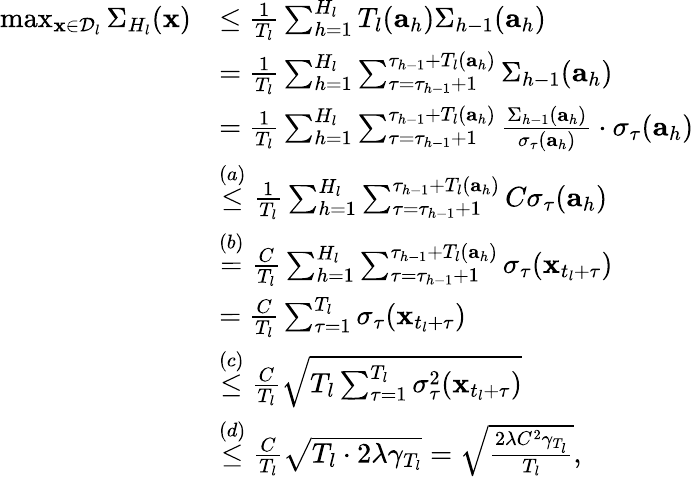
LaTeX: \begin{array}{rl}{\operatorname*{max}_{\mathbf{x}\in\mathcal{D}_{l}}\Sigma_{H_{l}}(\mathbf{x})}&{\leq\frac{1}{T_{l}}\sum_{h=1}^{H_{l}}T_{l}(\mathbf{a}_{h})\Sigma_{h-1}(\mathbf{a}_{h})}\\ &{=\frac{1}{T_{l}}\sum_{h=1}^{H_{l}}\sum_{\tau=\tau_{h-1}+1}^{\tau_{h-1}+T_{l}(\mathbf{a}_{h})}\Sigma_{h-1}(\mathbf{a}_{h})}\\ &{=\frac{1}{T_{l}}\sum_{h=1}^{H_{l}}\sum_{\tau=\tau_{h-1}+1}^{\tau_{h-1}+T_{l}(\mathbf{a}_{h})}\frac{\Sigma_{h-1}(\mathbf{a}_{h})}{\sigma_{\tau}(\mathbf{a}_{h})}\cdot\sigma_{\tau}(\mathbf{a}_{h})}\\ &{\overset{(a)}{\leq}\frac{1}{T_{l}}\sum_{h=1}^{H_{l}}\sum_{\tau=\tau_{h-1}+1}^{\tau_{h-1}+T_{l}(\mathbf{a}_{h})}C\sigma_{\tau}(\mathbf{a}_{h})}\\ &{\overset{(b)}{=}\frac{C}{T_{l}}\sum_{h=1}^{H_{l}}\sum_{\tau=\tau_{h-1}+1}^{\tau_{h-1}+T_{l}(\mathbf{a}_{h})}\sigma_{\tau}(\mathbf{x}_{t_{l}+\tau})}\\ &{=\frac{C}{T_{l}}\sum_{\tau=1}^{T_{l}}\sigma_{\tau}(\mathbf{x}_{t_{l}+\tau})}\\ &{\overset{(c)}{\leq}\frac{C}{T_{l}}\sqrt{T_{l}\sum_{\tau=1}^{T_{l}}\sigma_{\tau}^{2}(\mathbf{x}_{t_{l}+\tau})}}\\ &{\overset{(d)}{\leq}\frac{C}{T_{l}}\sqrt{T_{l}\cdot 2\lambda\gamma_{T_{l}}}=\sqrt{\frac{2\lambda C^{2}\gamma_{T_{l}}}{T_{l}}},}\end{array}